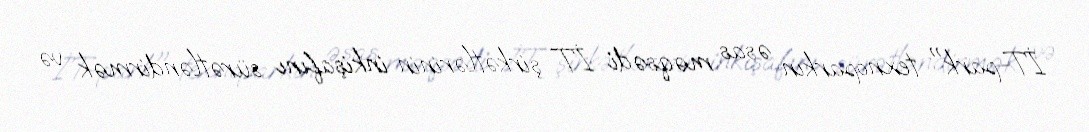
İT-park" texnoparkın əsas məqsədi İT şirkətlərinin inkişafını sürətləndirmək və